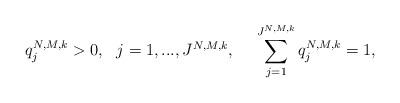
LaTeX: \begin{align*} \ q_j^{N,M,k}> 0, \ \ j=1,..., J^{N,M,k}, \ \ \ \ \sum_{j=1}^{J^{N,M,k}} q_j^{N,M,k}=1,\end{align*}